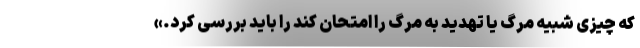
که چیزی شبیه مرگ یا تهدید به مرگ را امتحان کند را باید بررسی کرد.»